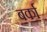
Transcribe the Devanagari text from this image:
बर्का